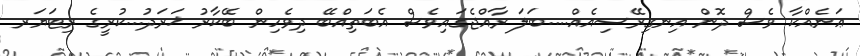
ޢަނެއްކާ ވެސް ދޮން އިނގިރޭސިއެއް....ބަލަ ރާއްޖެގައިވެސް އެބަތިއްބޭ ދިވެހިން ބޭކާރު ޚަރަދު...ކުރީގެ ރިޓަޔަރ